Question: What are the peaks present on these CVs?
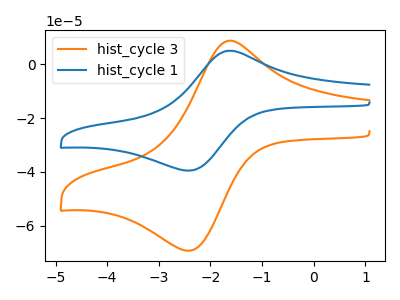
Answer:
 <answer>The orange curve "hist_cycle 3" has an anodic peak at (-1.65V, 8.65uA) and a cathodic peak at (-2.40V, -69.25uA). The blue curve "hist_cycle 1" has an anodic peak at (-1.65V, 4.95uA) and a cathodic peak at (-2.40V, -39.50uA).</answer>
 <eval></eval>